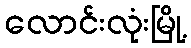
လောင်းလုံးမြို့